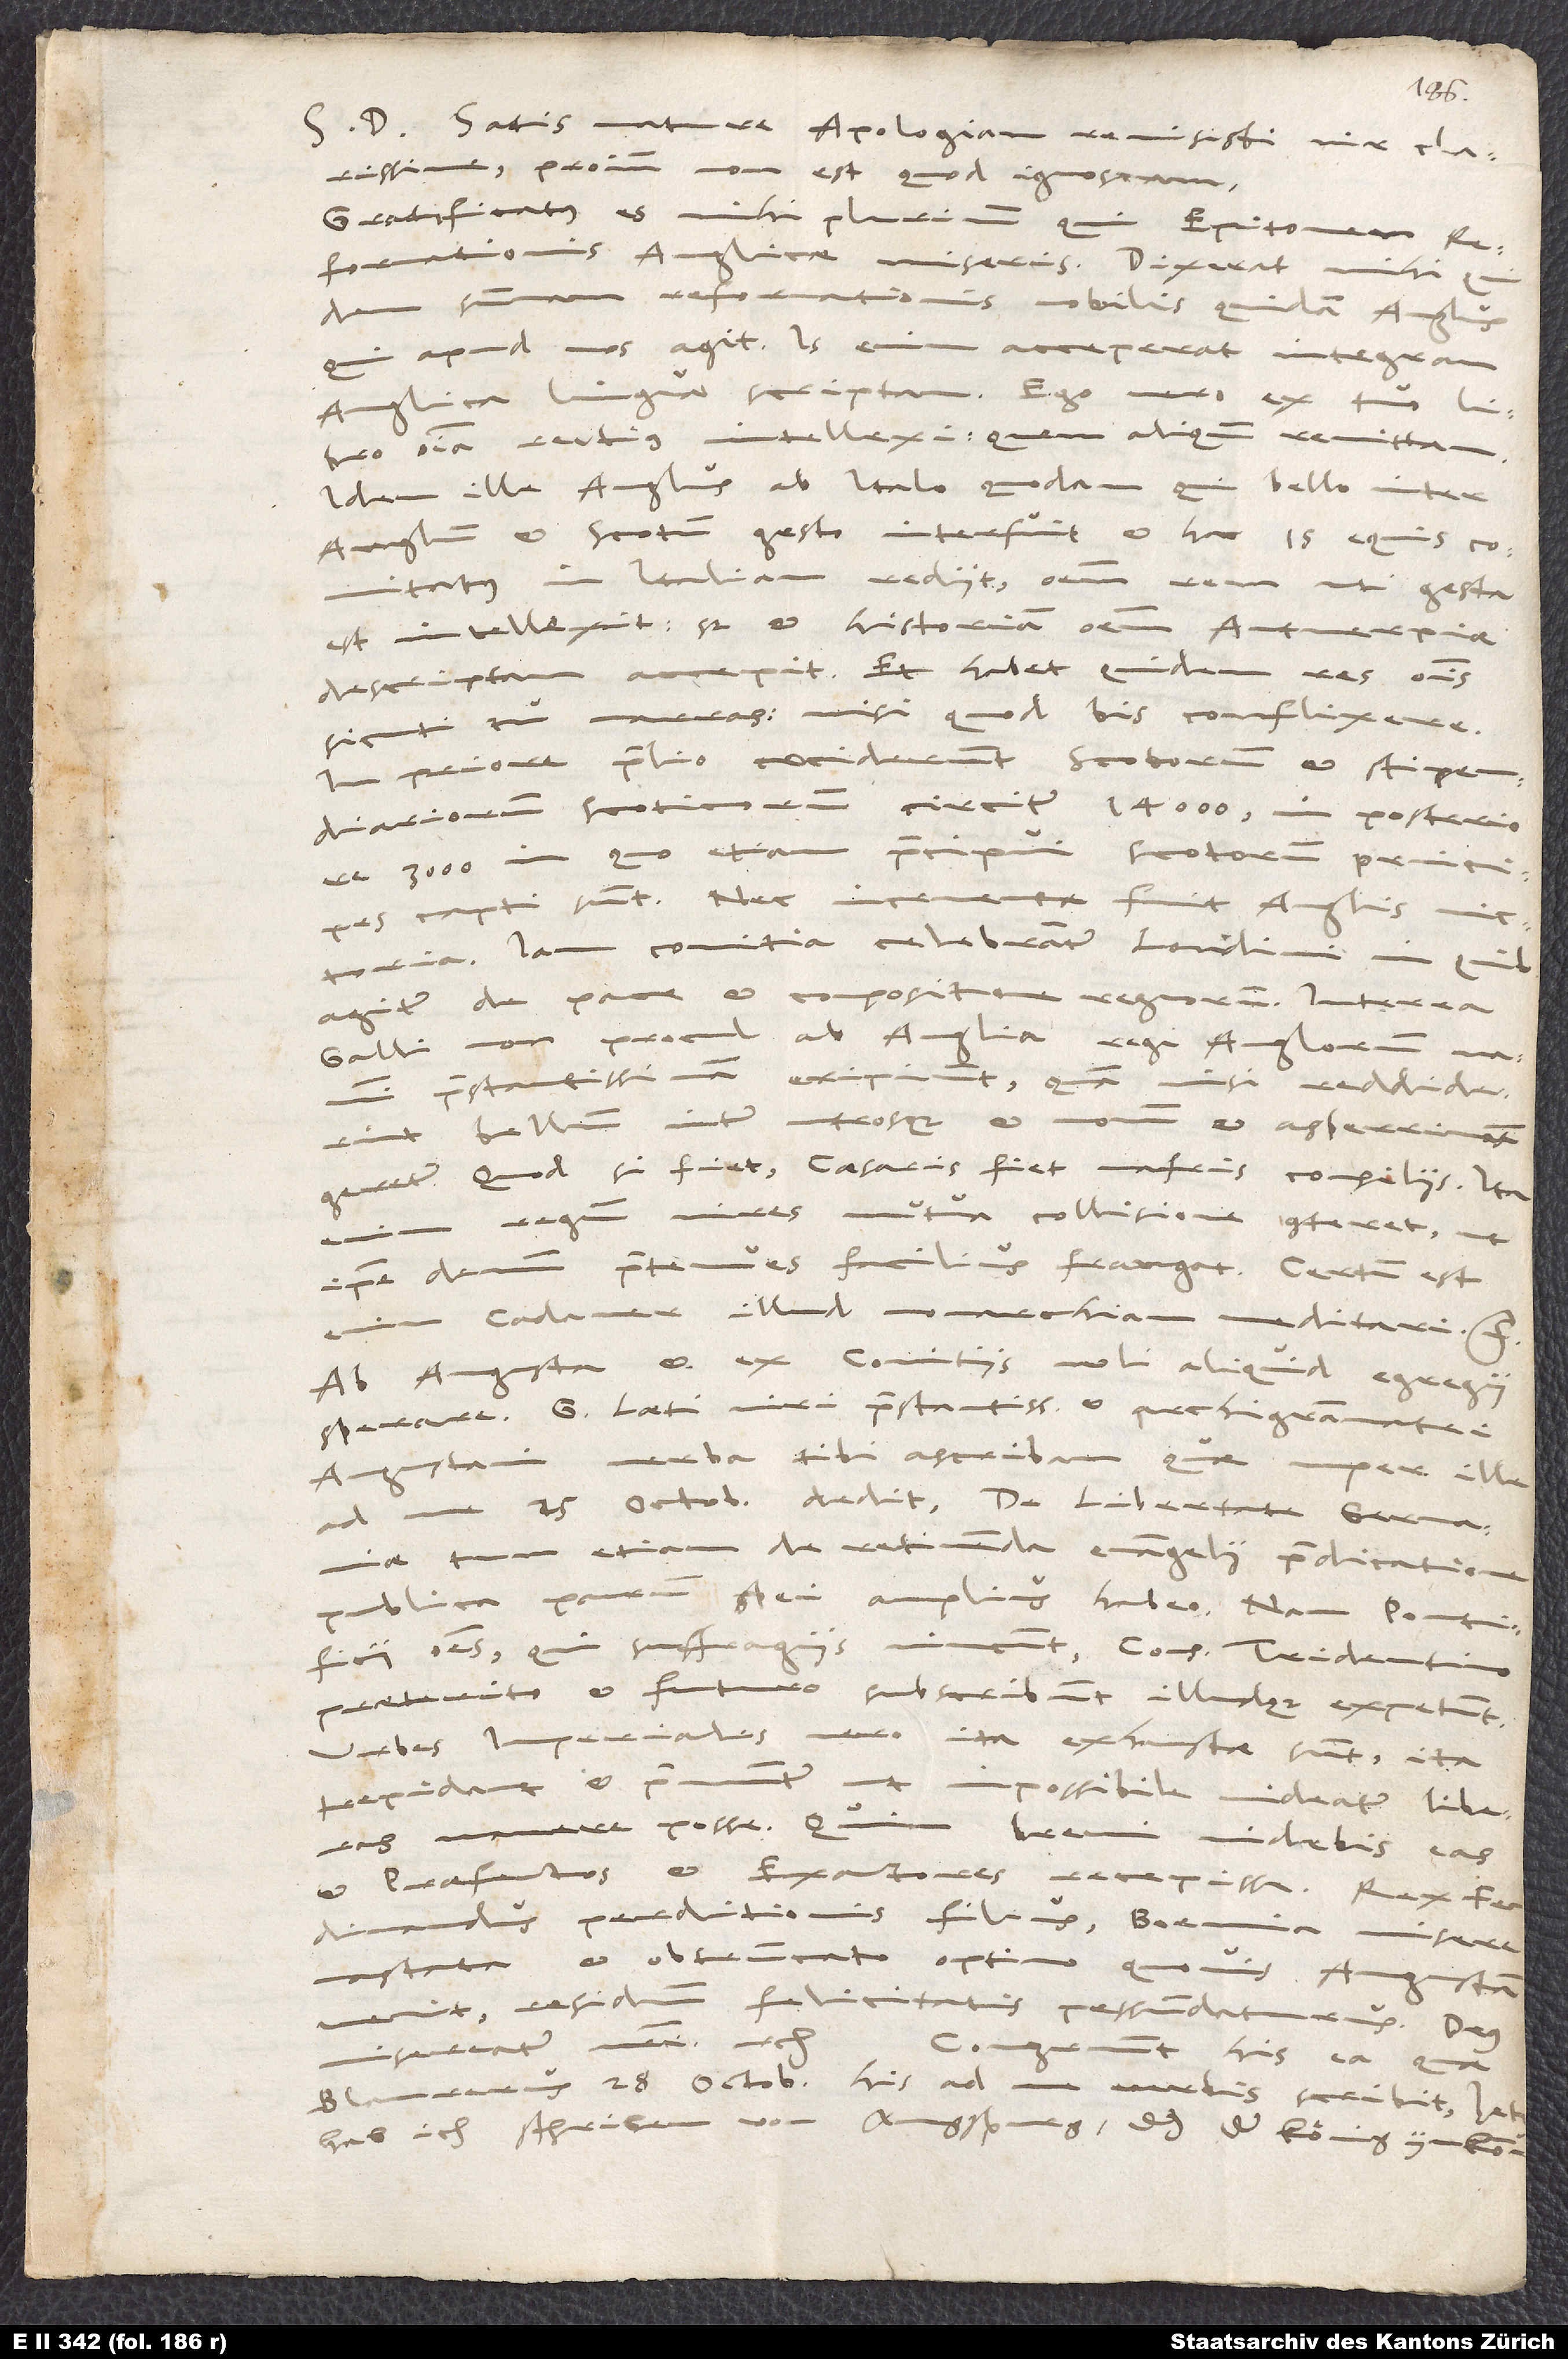
S. D. Satis mature apologiam remisisti, vir clarissime.
Proinde non est, quod ignoscam.
Gratificatus es mihi plurimum, qui Epitomen
reformationis Anglicae miseris. Dixerat mihi
summam reformationis nobilis quidam Anglus,
qui apud nos agit. Is enim acceperat integram,
anglica lingua scriptam. Ego vero ex tuo libro
omnia rectius intellexi, quem aliquando remittam.
Idem ille Anglus ab Italo quodam, qui bello inter
Anglum et Scotum gesto interfuit et hac 15 equis
comitatus in Italiam rediit, omnem rem, uti gesta
est, intellexit. Sed et historiam omnem Antverpiae
descriptam accepit. Et habet quidem res omnis,
sicuti tu narras, nisi quod bis conflixere.
In priore praelio ceciderunt Scotorum et stipendiariorum
Scoticorum circiter 14’000, in posteriore
3’000, in quo etiam praecipui Scotorum principes
capti sunt. Nec incruenta fuit Anglis victoria.
Iam comitia celebrantur Londini, in quibus
agitur de pace et compositione regnorum. Interea
Galli non procul ab Anglia regi Anglorum navim
praestantissimam eripiunt; quam
bellum inter utrosque (et novum et asperrimum)
geretur. Quod si fiet, caesaris fiet vafris consiliis. Ita
regum vires mutua collisione conteret, ut
ipse demum praetenues facilius frangat. Certum est
cadaver illud monarchiam meditari, etc.
Ab Augusta et ex comitiis noli aliquid egregii
sperare. G. Laeti, viri praestantissimi et archigrammatei
Augustani, verba tibi ascribam, quae nuper ille
me 25. octobris dedit: „De libertate Germaniae,
tum etiam de retinenda evangelii praedicatione
publica parum spei amplius habeo. Nam pontificii
omnes, qui suffragiis vincunt, consilio Tridentino
praeterito et futuro subscribunt illudque expetunt.
Urbes imperiales vero ita exhaustae sunt, ita
ut impossibile videatur liberas
manere posse. Quin brevi videbis eas
et praefectos et exactores recepisse. Rex Ferdinandus,
perditionis filius, Boemia misere
vastata et obtruncato optimo quovis, Augustam
residuum felicitatis pessundaturus. Deus
his ea, quae
Blaurerus 28. octobris his ad me verbis scribit: „Jetz
hab ich schriben von Augspurg, das der könig ynkomm